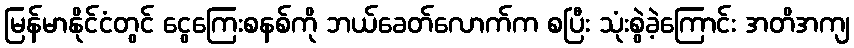
မြန်မာနိုင်ငံတွင် ငွေကြေးစနစ်ကို ဘယ်ခေတ်လောက်က စပြီး သုံးစွဲခဲ့ကြောင်း အတိအကျ